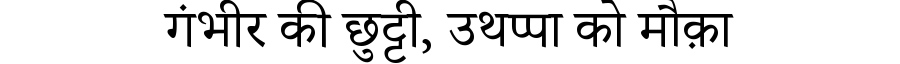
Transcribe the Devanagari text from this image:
गंभीर की छुट्टी, उथप्पा को मौक़ा